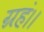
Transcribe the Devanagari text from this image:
ग्रहं।।